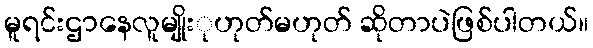
မူရင်းဌာနေလူမျိုးုဟုတ်မဟုတ် ဆိုတာပဲဖြစ်ပါတယ်။